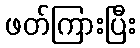
ဖတ်ကြားပြီး